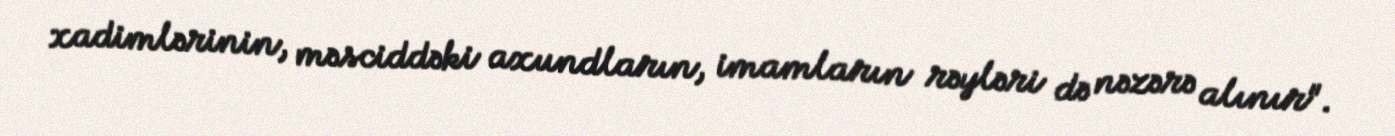
xadimlərinin, məsciddəki axundların, imamların rəyləri də nəzərə alınır".